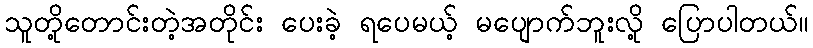
သူတို့တောင်းတဲ့အတိုင်း ပေးခဲ့ ရပေမယ့် မပျောက်ဘူးလို့ ပြောပါတယ်။